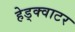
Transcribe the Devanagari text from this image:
हेड्क्वाटर